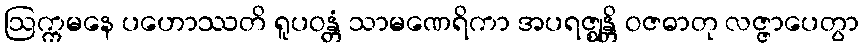
ဩက္ကမနေ ပဟောဿတိ ရူပဝန္တံ သာမဏေရိကာ အပရဇ္ဈန္တိ ဝဇဓာတု လဇ္ဇာပေတွာ